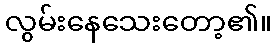
လွမ်းနေသေးတော့၏။